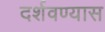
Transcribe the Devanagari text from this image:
दर्शवण्यास